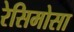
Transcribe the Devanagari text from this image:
रेसिमोसा